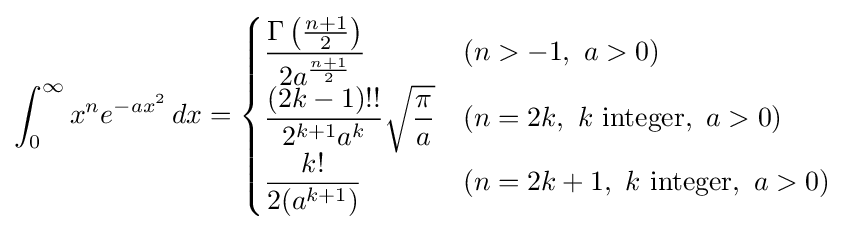
\int _{0}^{\infty }x^{n}e^{-ax^{2}}\,dx={\begin{cases}{\dfrac {\Gamma \left({\frac {n+1}{2}}\right)}{2a^{\frac {n+1}{2}}}}&(n>-1,\ a>0)\\{\dfrac {(2k-1)!!}{2^{k+1}a^{k}}}{\sqrt {\dfrac {\pi }{a}}}&(n=2k,\ k{\text{ integer}},\ a>0)\\{\dfrac {k!}{2(a^{k+1})}}&(n=2k+1,\ k{\text{ integer}},\ a>0)\end{cases}}